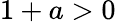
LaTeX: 1+a>0